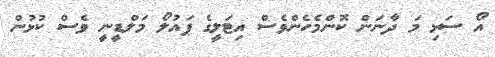
އޯ ސަޅި މަ ދާނަން ކޮންމެހެންވެސް އިޓަލީގެ ޕައުލޯ މަލްޑީނީ ވެސް ކުޅުން